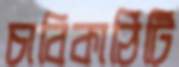
চাবিকাঠিটি